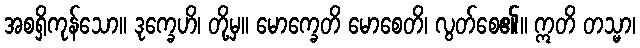
အစရှိကုန်သော။ ဒုက္ခေဟိ၊ တို့မှ။ မောက္ခေတိ မောစေတိ၊ လွတ်စေ၏။ ဣတိ တသ္မာ၊